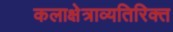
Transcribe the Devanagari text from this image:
कलाक्षेत्राव्यतिरिक्त